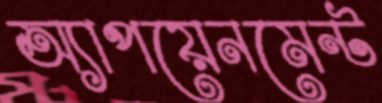
অ্যাপয়েনমেন্ট